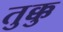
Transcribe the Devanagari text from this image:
तुक्कु